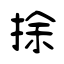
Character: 捈